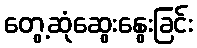
တွေ့ဆုံဆွေးနွေးခြင်း